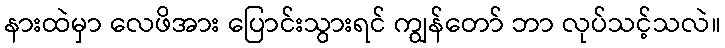
နားထဲမှာ လေဖိအား ပြောင်းသွားရင် ကျွန်တော် ဘာ လုပ်သင့်သလဲ။